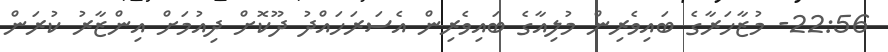
22:56- މުޒާހަރާގެ ބައިވެރިން މުލިއާގެ ބައިވެރިން އެސަރަހައްދު ދޫކޮށް ދިއުމަށް އިންޒާރު ކުރަން